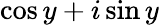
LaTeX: \cos y+i\sin y